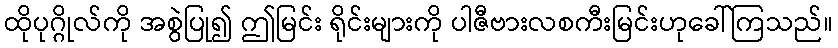
ထိုပုဂ္ဂိုလ်ကို အစွဲပြု၍ ဤမြင်း ရိုင်းများကို ပါဇီဗားလစကီးမြင်းဟုခေါ်ကြသည်။